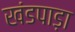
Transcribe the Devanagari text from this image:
खंडपाड़ा